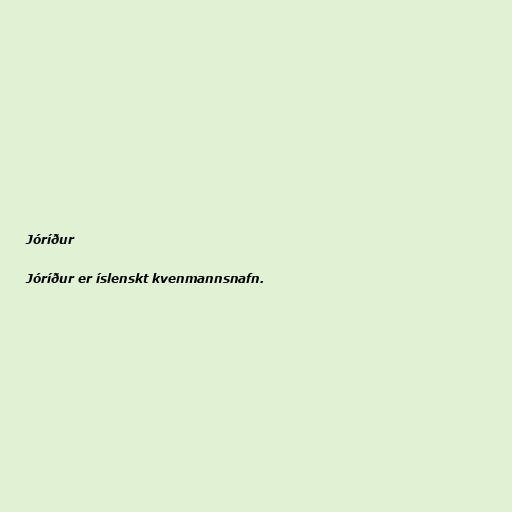
Jóríður

Jóríður er íslenskt kvenmannsnafn.